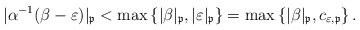
\begin{align*}|\alpha^{-1}(\beta-\varepsilon)|_{\mathfrak{p}}<\max\left\{ |\beta|_{\mathfrak{p}},|\varepsilon|_{\mathfrak{p}}\right\} =\max\left\{|\beta|_{\mathfrak{p}},c_{\varepsilon,\mathfrak{p}}\right\} . \end{align*}